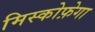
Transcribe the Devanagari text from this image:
मिस्कोफ़ेगा